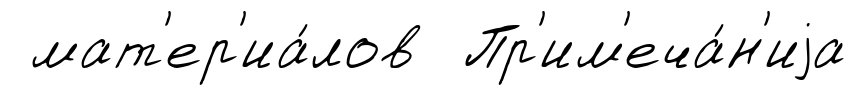
мат'ер'иа́лов Пр'им'еча́н'иjа